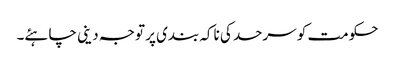
حکومت کو سرحد کی ناکہ بندی پر توجہ دینی چاہئے۔